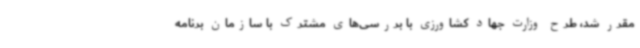
مقرر شد، طرح وزارت جهاد کشاورزی با بررسی‌های مشترک با سازمان برنامه